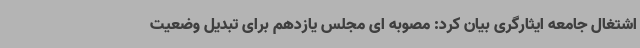
اشتغال جامعه ایثارگری بیان کرد: مصوبه ای مجلس یازدهم برای تبدیل وضعیت